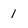
Character: 1